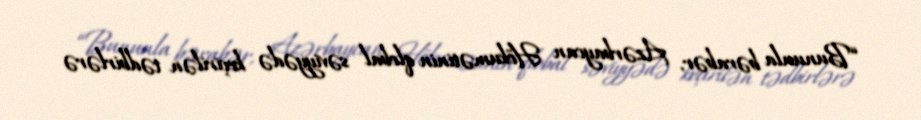
“Bununla bərabər, Azərbaycan Hökumətinin qlobal səviyyədə keçirilən tədbirlərə